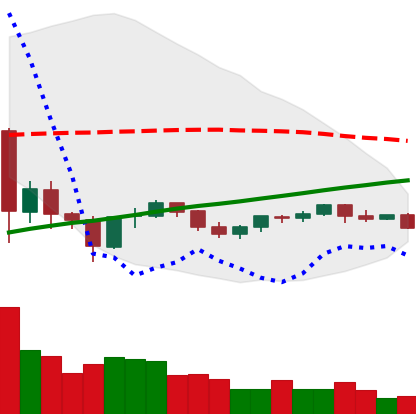
Ticker: TRX-USD
Chart end date: 2021-06-07
Forward return: -4.89%
Label: down_3_5